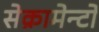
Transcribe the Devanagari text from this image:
सेक्रामेन्टो